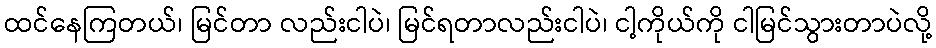
ထင်နေကြတယ်၊ မြင်တာ လည်းငါပဲ၊ မြင်ရတာလည်းငါပဲ၊ ငါ့ကိုယ်ကို ငါမြင်သွားတာပဲလို့